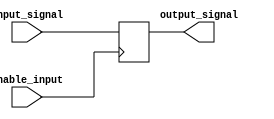
module push_pull_buffer (
    input wire input_signal,
    input wire enable_input,
    output reg output_signal
);

always @(posedge enable_input)
begin
    if (enable_input)
    begin
        output_signal <= input_signal;
    end
    else
    begin
        output_signal <= 1'bz;
    end
end

endmodule